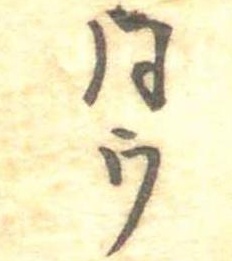
同ウ